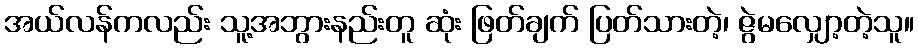
အယ်လန်ကလည်း သူ့အဘွားနည်းတူ ဆုံး ဖြတ်ချက် ပြတ်သားတဲ့၊ ဇွဲမလျှော့တဲ့သူ။